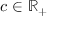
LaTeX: c \in \mathbb { R } _ { + }